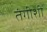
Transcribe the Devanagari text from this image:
तंगीशी